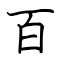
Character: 百